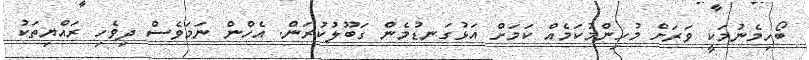
ބޯހިމެނުމަކީ ވަރަށް މުހިންމުކަމެއް ކަމަށް އަޅުގަނޑުމެން ގަބޫލުކުރަން. އެހްން ނަމަވެސް ދިވެހި ރައްޔިތަކު